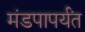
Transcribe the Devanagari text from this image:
मंडपापर्यंत